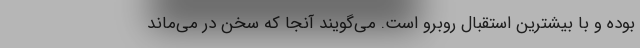
بوده و با بیشترین استقبال روبرو است. می‌گویند آنجا که سخن در می‌ماند